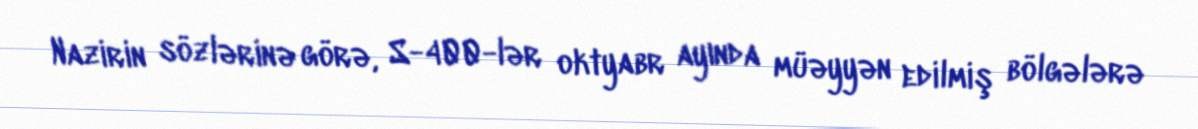
Nazirin sözlərinə görə, S-400-lər oktyabr ayında müəyyən edilmiş bölgələrə